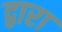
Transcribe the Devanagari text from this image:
द्वारा